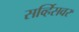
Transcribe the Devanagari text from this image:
सर्व्हिसवर